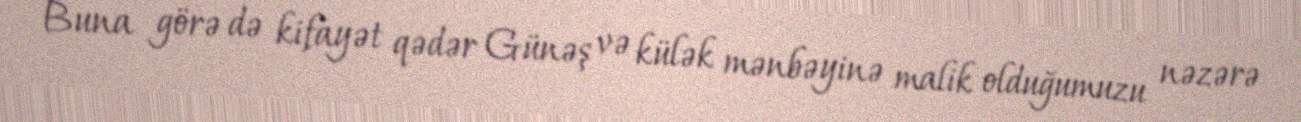
Buna görə də kifayət qədər Günəş və külək mənbəyinə malik olduğumuzu nəzərə